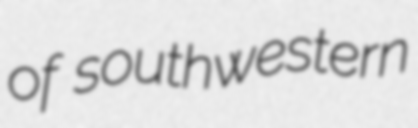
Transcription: of southwestern